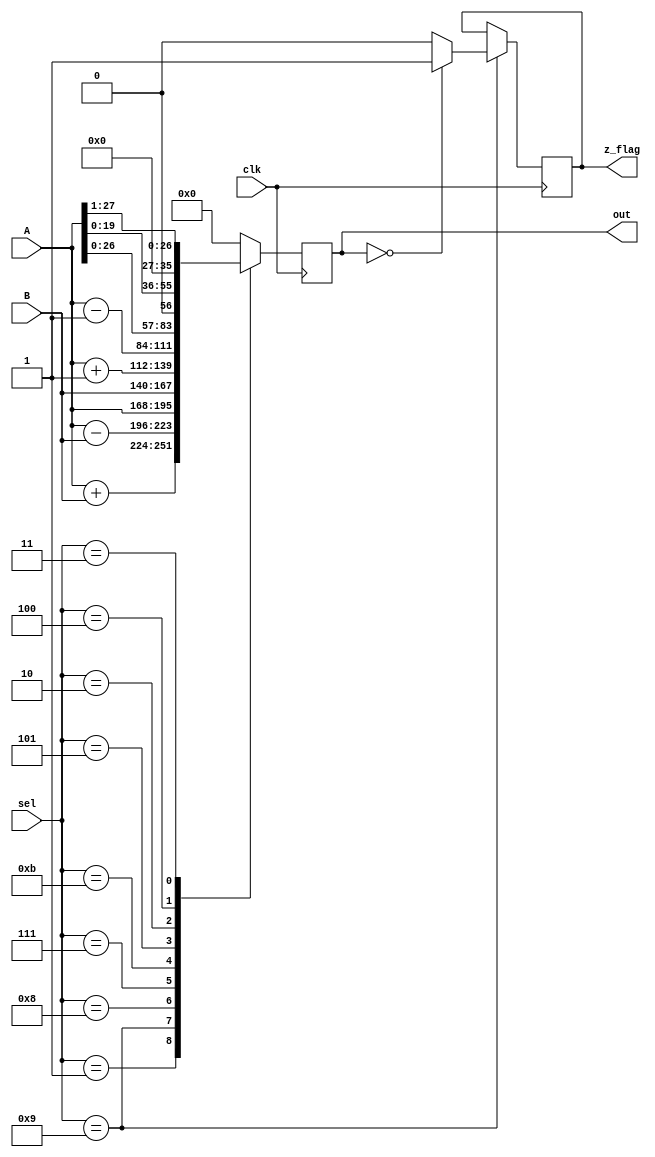
`timescale 1ns / 1ps
//////////////////////////////////////////////////////////////////////////////////
// Company: 
// Engineer: 
// 
// Design Name: 
// Module Name: ALU
// Project Name: 
// Target Devices: 
// Tool Versions: 
// Description: 
// 
// Dependencies: 
// 
// Revision:
// Revision 0.01 - File Created
// Additional Comments:
// 
//////////////////////////////////////////////////////////////////////////////////


module ALU(
    input clk,
    input [27:0] A,
    input [27:0] B,
    output reg [27:0] out,
    output reg z_flag,
    input [3:0] sel
    );

    parameter ADD = 4'b0001;
    parameter LSHIFT1 = 4'b0010;
    parameter RSHIFT1 = 4'b0011;
    parameter LSHIFT8 = 4'b0100;
    parameter DEAC = 4'b0101;
    parameter RESET = 4'b0110;
    parameter PASS_B = 4'b0111;
    parameter PASS_A = 4'b1000;
    parameter SUB = 4'b1001;
    parameter INCAC = 4'b1011;

    //events performed at positive edge
    
    initial 
        begin
            out = 24'b0;
            z_flag = 1'b0;
        end
    
    always @(posedge clk)
    begin
        case(sel)
        ADD:
            out<=A+B;
        SUB:
            begin
            out<=A-B;
            if (out==28'b0)
                z_flag = 1'b1;
            else
                z_flag = 1'b0;
             end
        PASS_A:
            out<=A;
        PASS_B:
            out<=B;
        INCAC:
            out<=A+1;
        DEAC:
            out<=A-1;
        LSHIFT1:
            out<=A<<1;
        LSHIFT8:
            out<=A<<8;   
        RSHIFT1:
            out<=A>>1;
        RESET:
            out<=24'b0;
        default:
            out<=24'b0;
            
            
        endcase       
    end    
endmodule